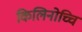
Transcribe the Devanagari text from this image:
किलिनोच्चि